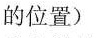
的位置)